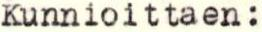
Kunnioittaen: